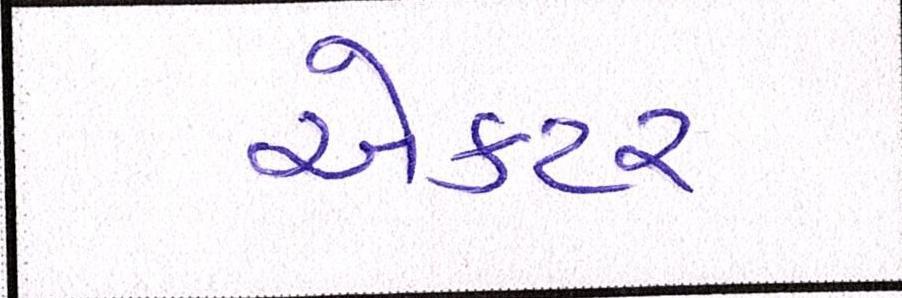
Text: ઍક્ટર